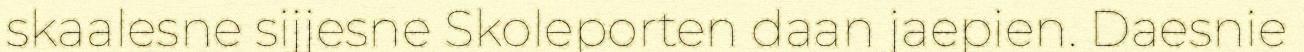
skaalesne sijjesne Skoleporten daan jaepien. Daesnie